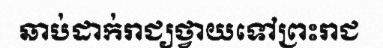
ឆាប់ដាក់រាជ្យថ្វាយទៅព្រះរាជ